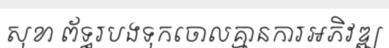
សុខា ព័ទ្ធរបងទុកចោលគ្មានការអភិវឌ្ឍ